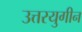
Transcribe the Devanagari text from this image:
उत्तरयुगीन